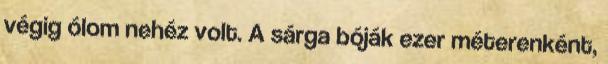
végig ólom nehéz volt. A sárga bóják ezer méterenként,